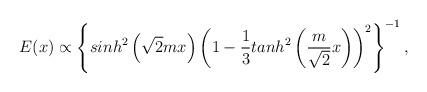
\begin{align*}E(x) \propto\left\{ sinh^2\left(\sqrt{2}mx\right)\left(1-\frac 13 tanh^2\left(\frac{m}{\sqrt 2}x \right)\right)^2\right\}^{-1},\end{align*}